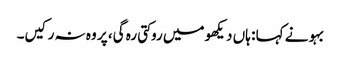
بہو نے کہا : ہاں دیکھو میں روکتی رہ گی، پر وہ نہ رکیں۔